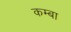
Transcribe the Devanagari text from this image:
कम्बा